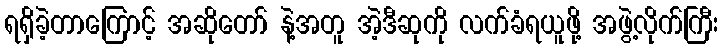
ရရှိခဲ့တာကြောင့် အဆိုတော် နဲ့အတူ အဲ့ဒီဆုကို လက်ခံရယူဖို့ အဖွဲ့လိုက်ကြီး